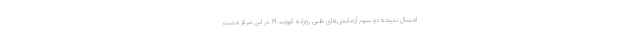
امسال نتیجه دو سوم آزمایش‌های طبی روزانه کووید-۱۹ در این مرکز مثبت